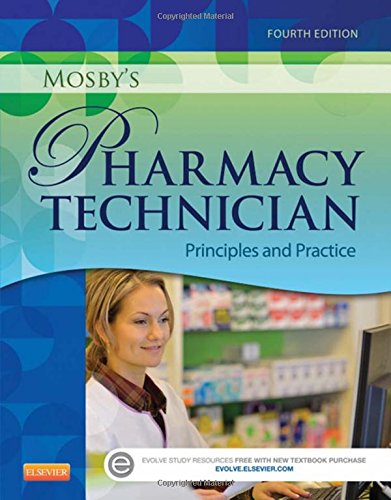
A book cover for Mosby's Pharmacy Technician: Principles and Practice, 4e; Elsevier; Medical Books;